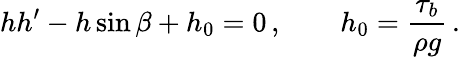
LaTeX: hh^{\prime}-h\sin\beta+h_{0}=0\, ,\quad\quad h_{0}=\frac{\tau_{b}}{\rho g}\, .